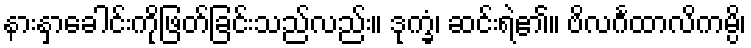
နားနှာခေါင်းကိုဖြတ်ခြင်းသည်လည်း။ ဒုက္ခံ၊ ဆင်းရဲ၏။ ဗိလင်္ဂထာလိကမ္ပိ၊